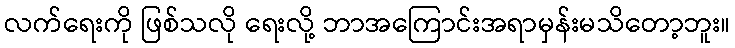
လက်ရေးကို ဖြစ်သလို ရေးလို့ ဘာအကြောင်းအရာမှန်းမသိတော့ဘူး။